Scottish Leaving Certificate Examination, 1961
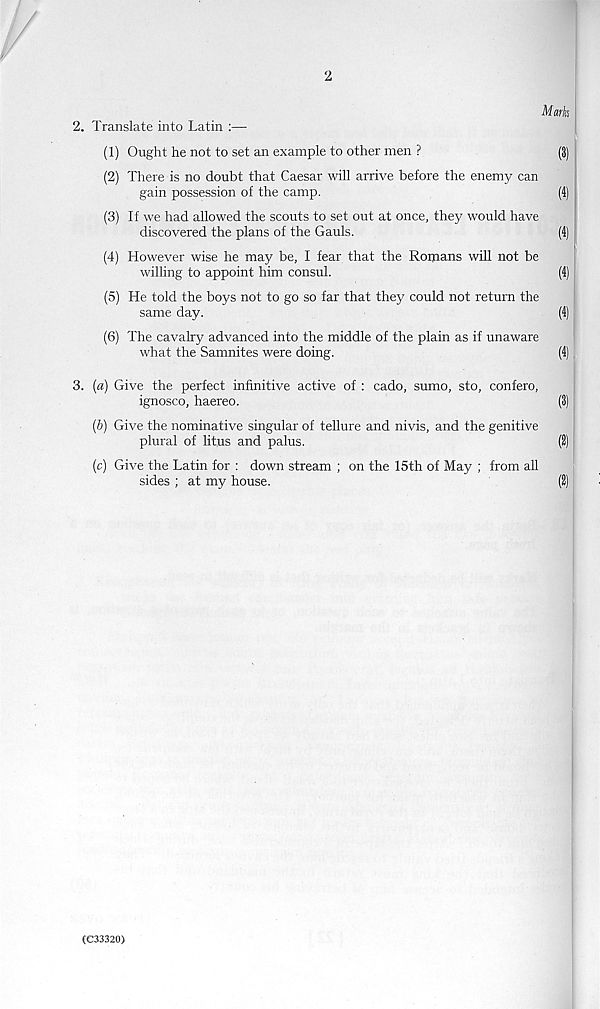
‘L
2. Translate into Latin :—
(1) Ought he not to set an example to other men ?
(2) There is no doubt that Caesar will arrive before the enemy can
gain possession of the camp.
(3) If we had allowed the scouts to set out at once, they would have
discovered the plans of the Gauls.
(4) However wise he may be, I fear that the Romans will not be
willing to appoint him consul.
(5) He told the boys not to go so far that they could not return the
same day.
(6) The cavalry advanced into the middle of the plain as if unaware
what the Samnites were doing.
3. (a) Give the perfect infinitive active of : cado, sumo, sto, confero,
ignosco, haereo.
(&) Give the nominative singular of tellure and nivis, and the genitive
plural of litus and palus.
(c) Give the Latin for : down stream ; on the 15th of May ; from all
sides ; at my house.
Marks
(4)
(4)
(C33320)